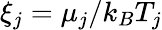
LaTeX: \xi_{j}=\mu_{j}/k_{B}T_{j}